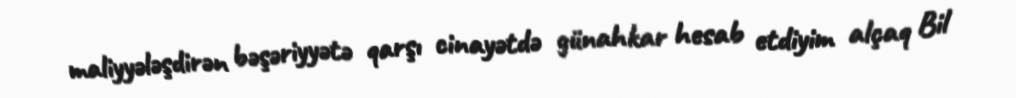
maliyyələşdirən bəşəriyyətə qarşı cinayətdə günahkar hesab etdiyim alçaq Bil